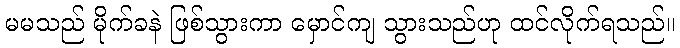
မမသည် မိုက်ခနဲ ဖြစ်သွားကာ မှောင်ကျ သွားသည်ဟု ထင်လိုက်ရသည်။